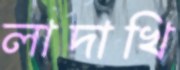
লাদাখি